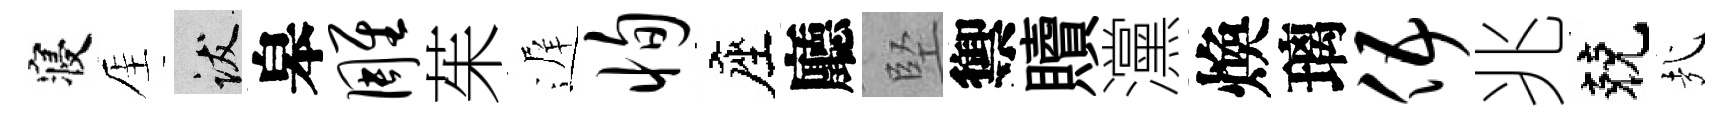
寝厓跋皋雕茱遅恂座廳堅禦贖灙煥璃伍兆兢㢤